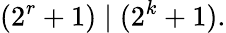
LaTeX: (2^{r}+1)\mid(2^{k}+1).